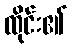
ထိုင်း၏